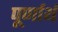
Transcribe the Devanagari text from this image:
पूर्णार्थ